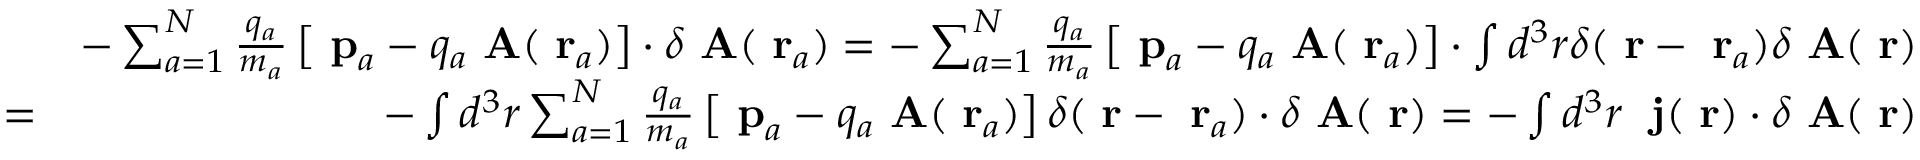
\begin{array} { r l r } & { } & { - \sum _ { a = 1 } ^ { N } \frac { q _ { a } } { m _ { a } } \left[ \mathrm { \bf ~ p } _ { a } - q _ { a } \mathrm { \bf ~ A } ( \mathrm { \bf ~ r } _ { a } ) \right] \cdot \delta \mathrm { \bf ~ A } ( \mathrm { \bf ~ r } _ { a } ) = - \sum _ { a = 1 } ^ { N } \frac { q _ { a } } { m _ { a } } \left[ \mathrm { \bf ~ p } _ { a } - q _ { a } \mathrm { \bf ~ A } ( \mathrm { \bf ~ r } _ { a } ) \right] \cdot \int d ^ { 3 } r \delta ( \mathrm { \bf ~ r } - \mathrm { \bf ~ r } _ { a } ) \delta \mathrm { \bf ~ A } ( \mathrm { \bf ~ r } ) } \\ & { = } & { - \int d ^ { 3 } r \sum _ { a = 1 } ^ { N } \frac { q _ { a } } { m _ { a } } \left[ \mathrm { \bf ~ p } _ { a } - q _ { a } \mathrm { \bf ~ A } ( \mathrm { \bf ~ r } _ { a } ) \right] \delta ( \mathrm { \bf ~ r } - \mathrm { \bf ~ r } _ { a } ) \cdot \delta \mathrm { \bf ~ A } ( \mathrm { \bf ~ r } ) = - \int d ^ { 3 } r \; \mathrm { \bf ~ j } ( \mathrm { \bf ~ r } ) \cdot \delta \mathrm { \bf ~ A } ( \mathrm { \bf ~ r } ) } \end{array}